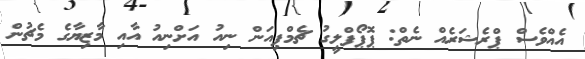
އެއްވެސް ޕްރެޝަރެއް ނެތް: ޕޮޕޯފްލީގު ޗެމްޕިއަން ނިއު އަށްނިއު އާއި މާޒިޔާގެ މެޗުން